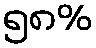
၅၈%